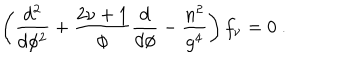
\left( \frac { d ^ { 2 } } { d \phi ^ { 2 } } + \frac { 2 \nu + 1 } { \phi } \frac { d } { d \phi } - \frac { n ^ { 2 } } { g ^ { 4 } } \right) f _ { \nu } = 0 ~ .